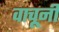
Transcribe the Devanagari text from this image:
वाचूनी